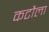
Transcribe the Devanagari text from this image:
कटौला